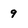
Character: 9